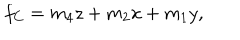
f _ { C } = m _ { 4 } z + m _ { 2 } x + m _ { 1 } y ,